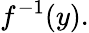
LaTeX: f^{-1}(y).